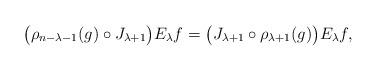
LaTeX: \begin{gather*}\big(\rho_{n-\lambda-1}(g) \circ J_{\lambda+1}\big) E_\lambda f=\big(J_{\lambda+1} \circ \rho_{\lambda+1}(g)\big) E_\lambda f,\end{gather*}